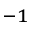
^ { - 1 }